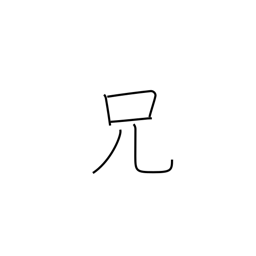
Meaning: elder brother